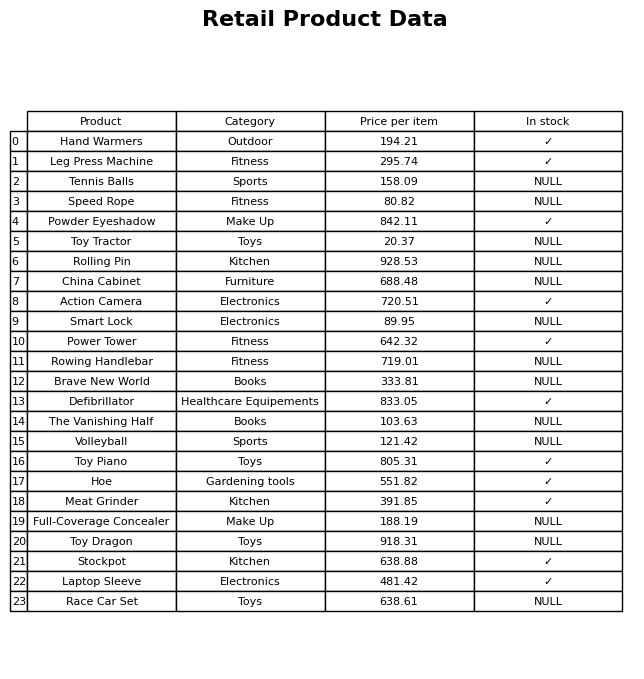
question: What is the price of the Toy Dragon?
answer: The price of Toy Dragon is 918.31.